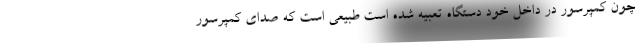
چون کمپرسور در داخل خود دستگاه تعبیه شده است طبیعی است که صدای کمپرسور